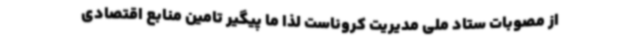
از مصوبات ستاد ملی مدیریت کروناست لذا ما پیگیر تامین منابع اقتصادی